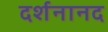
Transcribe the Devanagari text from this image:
दर्शनानद